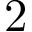
2